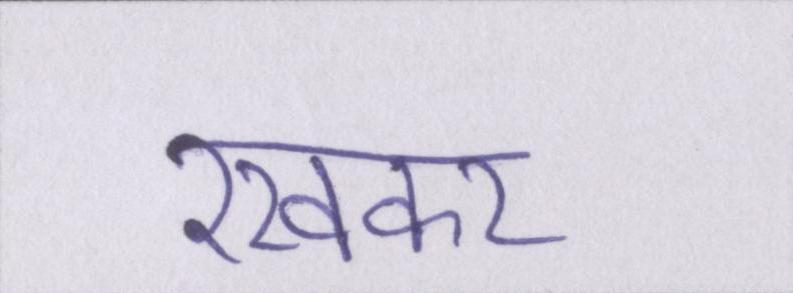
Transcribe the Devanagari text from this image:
रखकर